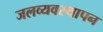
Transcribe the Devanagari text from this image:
जलव्यवस्थापन